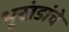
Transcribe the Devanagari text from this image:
भूखंडांचे